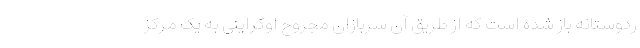
ردوستانه باز شده است که از طریق آن سربازان مجروح اوکراینی به یک مرکز